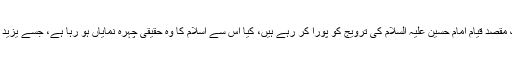
اسلام ٹائمز : عزاداری کے مروجہ مراسم کس حد تک مقصد قیام امام حسین علیہ السلام کی ترویج کو پورا کر رہے ہیں، کیا اس سے اسلام کا وہ حقیقی چہرہ نمایاں ہو رہا ہے، جسے یزید دھندلانا چاہتا تھا اور امام حسینؑ نکھارنا چاہتے تھے۔